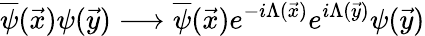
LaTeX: \overline{{{\psi}}}(\vec{x})\psi(\vec{y})\longrightarrow\overline{{{\psi}}}(\vec{x})e^{-i\Lambda(\vec{x})}e^{i\Lambda(\vec{y})}\psi(\vec{y})